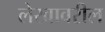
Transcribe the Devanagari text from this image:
लेखावरील